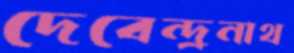
দেবেন্দ্রনাথ